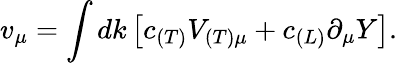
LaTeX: v_{\mu}=\int dk\left[c_{(T)}V_{(T)\mu}+c_{(L)}\partial_{\mu}Y\right].